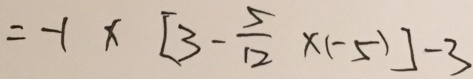
= - 1 \times [ 3 - \frac { 5 } { 1 2 } \times ( - 5 ) ] - 3